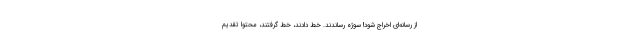
از رسانه‌ای اخراج شود! سوژه رساندند. خط دادند، خط گرفتند، محتوا تقدیم